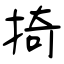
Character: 掎